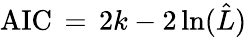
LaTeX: \mathrm{AIC}\, =\, 2k-2\ln({\hat{L}})